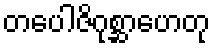
တပေါဇိဂုစ္ဆာဟေတု